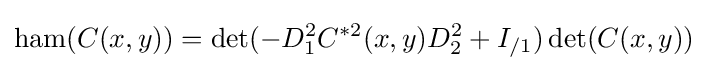
\operatorname {ham} (C(x,y))={\det }(-D_{1}^{2}C^{*2}(x,y)D_{2}^{2}+I_{/1})\operatorname {det} (C(x,y))